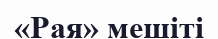
«Рая» мешіті